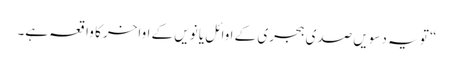
“ تو یہ دسویں صدی ہجری کے اوائل یا نویں کے اواخر کا واقعہ ہے۔